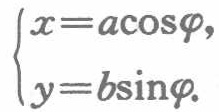
\(\begin{cases}

x = a\cos\varphi,\\

y = b\sin\varphi.

\end{cases}\)